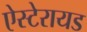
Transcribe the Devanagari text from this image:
ऐस्टेरायड